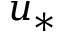
u _ { * }